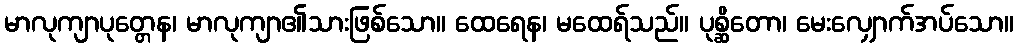
မာလုကျာပုတ္တေန၊ မာလုကျာ၏သားဖြစ်သော။ ထေရေန၊ မထေရ်သည်။ ပုစ္ဆိတော၊ မေးလျှောက်အပ်သော။